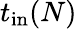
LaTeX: t_{\mathrm{in}}(N)